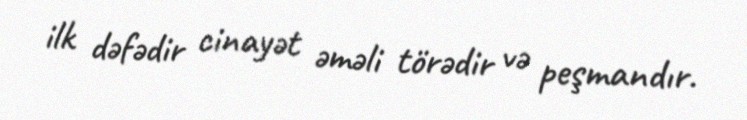
ilk dəfədir cinayət əməli törədir və peşmandır.